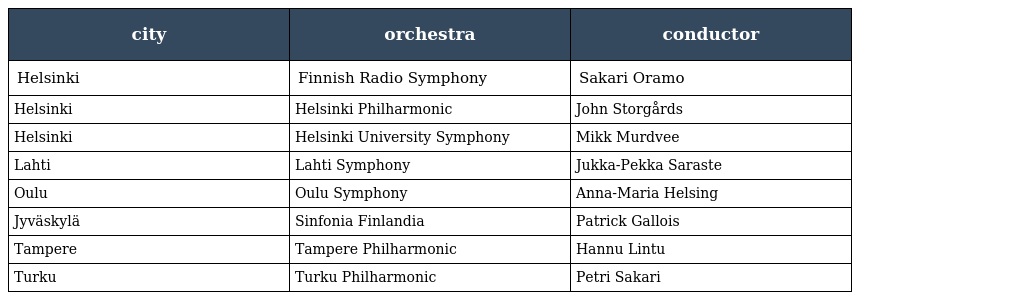
| city | orchestra | conductor |
 | --- | --- | --- |
 | Helsinki | Finnish Radio Symphony | Sakari Oramo |
 | Helsinki | Helsinki Philharmonic | John Storgårds |
 | Helsinki | Helsinki University Symphony | Mikk Murdvee |
 | Lahti | Lahti Symphony | Jukka-Pekka Saraste |
 | Oulu | Oulu Symphony | Anna-Maria Helsing |
 | Jyväskylä | Sinfonia Finlandia | Patrick Gallois |
 | Tampere | Tampere Philharmonic | Hannu Lintu |
 | Turku | Turku Philharmonic | Petri Sakari |